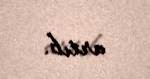
artıb.